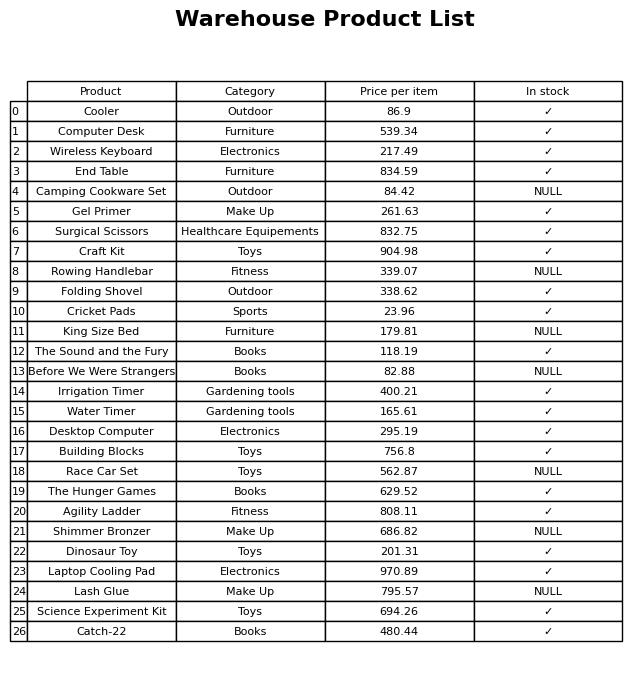
question: What is the price for Irrigation Timer?
answer: The price of Irrigation Timer is 400.21.